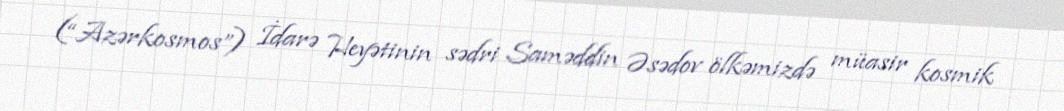
(“Azərkosmos”) İdarə Heyətinin sədri Saməddin Əsədov ölkəmizdə müasir kosmik